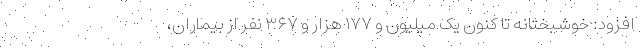
افزود: خوشبختانه تا کنون یک میلیون و ۱۷۷ هزار و ۳۶۷ نفر از بیماران،